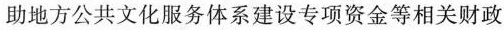
助地方公共文化服务体系建设专项资金等相关财政